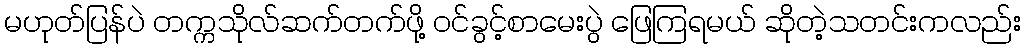
မဟုတ်ပြန်ပဲ တက္ကသိုလ်ဆက်တက်ဖို့ ဝင်ခွင့်စာမေးပွဲ ဖြေကြရမယ် ဆိုတဲ့သတင်းကလည်း